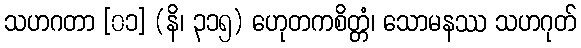
သဟဂတာ [၀၁] (နိ၊ ၃၁၅) ဟေုတကစိတ္တံ၊ သောမနဿ သဟဂုတ်